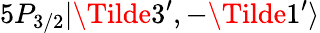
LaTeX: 5P_{3/2}|\Tilde{3}^{\prime},-\Tilde{1}^{\prime}\rangle